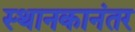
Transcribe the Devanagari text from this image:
स्थानकानंतर